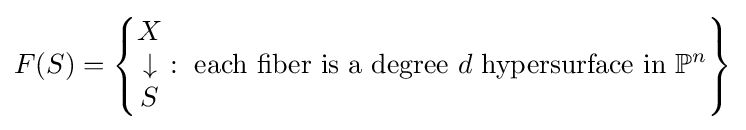
F(S)=\left\{{\begin{matrix}X\\\downarrow \\S\end{matrix}}:{\text{ each fiber is a degree }}d{\text{ hypersurface in }}\mathbb {P} ^{n}\right\}